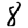
Digit: 8